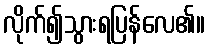
လိုက်၍သွားရပြန်လေ၏။